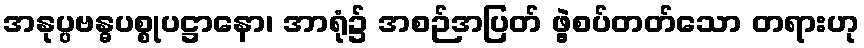
အနုပ္ပဗန္ဓပစ္စုပဋ္ဌာနော၊ အာရုံ၌ အစဉ်အပြတ် ဖွဲ့စပ်တတ်သော တရားဟု